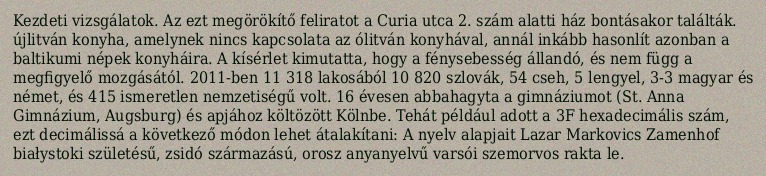
Kezdeti vizsgálatok. Az ezt megörökítő feliratot a Curia utca 2. szám alatti ház bontásakor találták. újlitván konyha, amelynek nincs kapcsolata az ólitván konyhával, annál inkább hasonlít azonban a baltikumi népek konyháira. A kísérlet kimutatta, hogy a fénysebesség állandó, és nem függ a megfigyelő mozgásától. 2011-ben 11 318 lakosából 10 820 szlovák, 54 cseh, 5 lengyel, 3-3 magyar és német, és 415 ismeretlen nemzetiségű volt. 16 évesen abbahagyta a gimnáziumot (St. Anna Gimnázium, Augsburg) és apjához költözött Kölnbe. Tehát például adott a 3F hexadecimális szám, ezt decimálissá a következő módon lehet átalakítani: A nyelv alapjait Lazar Markovics Zamenhof białystoki születésű, zsidó származású, orosz anyanyelvű varsói szemorvos rakta le.